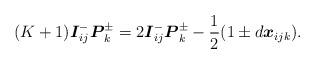
LaTeX: \begin{align*}(K+1)\boldsymbol{I}_{ij}^{-}\boldsymbol{P}_{k}^{\pm }=2\boldsymbol{I}_{ij}^{-}\boldsymbol{P}_{k}^{\pm }-\frac{1}{2}(1\pm d\boldsymbol{x}_{ijk}).\end{align*}